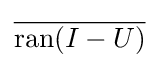
{\overline {\operatorname {ran} (I-U)}}